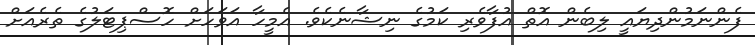
ފެންނަމުންދިޔައީ ލިބެން އޮތް އުފާވެރި ކަމުގެ ނިޝާނެކެވެ. އެމީހާ އަވަހަށް ހޮސްޕިޓަލުގެ ތެރެއަށް